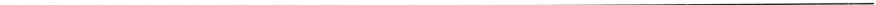
___